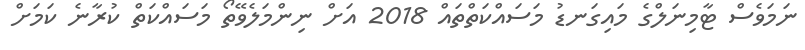
ނަމަވެސް ޓާމިނަލްގެ މައިގަނޑު މަސައްކަތްތައް 2018 އަށް ނިންމަލެވޭތޯ މަސައްކަތް ކުރާނެ ކަމަށް